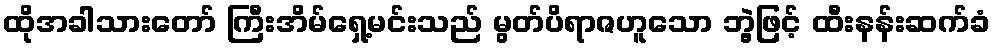
ထိုအခါသားတော် ကြီးအိမ်ရှေ့မင်းသည် မွတ်ပိရာဇဟူသော ဘွဲ့ဖြင့် ထီးနန်းဆက်ခံ